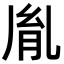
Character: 胤